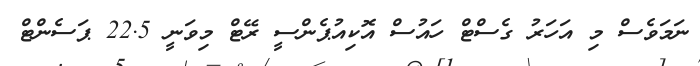
ނަމަވެސް މި އަހަރު ގެސްޓް ހައުސް އޮކިއުޕެންސީ ރޭޓް މިވަނީ 22.5 ޕަސެންޓް